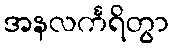
အနလင်္ကရိတွာ